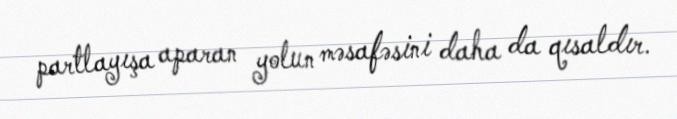
partlayışa aparan yolun məsafəsini daha da qısaldır.